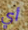
أي